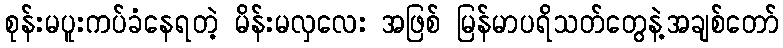
စုန်းမပူးကပ်ခံနေရတဲ့ မိန်းမလှလေး အဖြစ် မြန်မာပရိသတ်တွေနဲ့အချစ်တော်